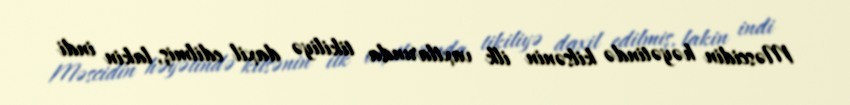
Məscidin həyətində kilsənin ilk vaxtlarında tikiliyə daxil edilmiş, lakin indi